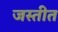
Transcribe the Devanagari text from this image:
जस्तीत